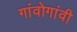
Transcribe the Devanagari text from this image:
गांवोगांवी